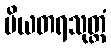
ပိယတရသုတ္တံ